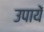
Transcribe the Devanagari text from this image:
उपायें